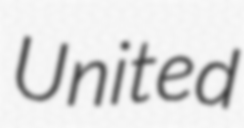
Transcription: United